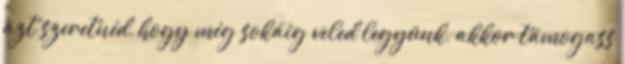
azt szeretnéd, hogy még sokáig veled legyünk, akkor támogass